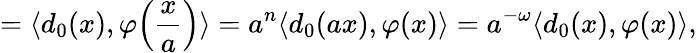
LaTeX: =\langle d_{0}(x),\varphi\Bigl(\frac{x}{a}\Bigr)\rangle=a^{n}\langle d_{0}(ax),\varphi(x)\rangle=a^{-\omega}\langle d_{0}(x),\varphi(x)\rangle,